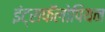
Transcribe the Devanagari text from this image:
इंट्राफॅलोपियन